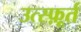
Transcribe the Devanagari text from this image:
उत्स्फ़ूर्त